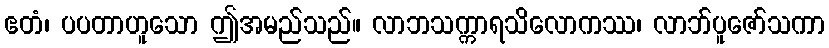
ဧတံ၊ ပပတာဟူသော ဤအမည်သည်။ လာဘသက္ကာရသိလောကဿ၊ လာဘ်ပူဇော်သကာ